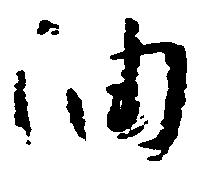
油